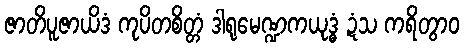
ဇာတိပူဇာယိဒံ ကုပိတစိတ္တံ ဒါရုမေဏ္ဍကယုဒ္ဓံ ဍံသ ကရိတွာဝ